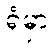
ရုံမှာ